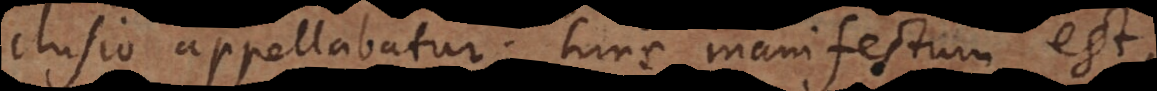
usio appellabatur; hinc manifestum est,